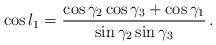
LaTeX: \begin{align*}\cos l_1={\cos \gamma_2 \cos\gamma_3+\cos\gamma_1 \over \sin\gamma_2 \sin\gamma_3 }\, .\end{align*}